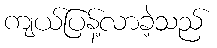
ကျယ်ပြန့်လာခဲ့သည်